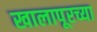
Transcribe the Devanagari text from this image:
खालापूरच्या